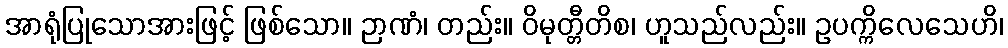
အာရုံပြုသောအားဖြင့် ဖြစ်သော။ ဉာဏံ၊ တည်း။ ဝိမုတ္တီတိစ၊ ဟူသည်လည်း။ ဥပက္ကိလေသေဟိ၊